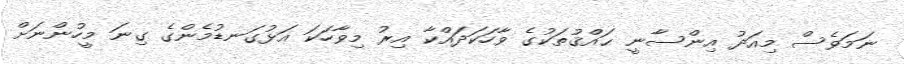
ނަމަވެސް މިއަދު އިންސާނީ ޙައްޤުތަކުގެ ވާހަކަދައްކާ އިރު މިވާހަކަ އަޅުގަނޑުމެންގެ ގިނަ މީހުންނަށް